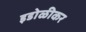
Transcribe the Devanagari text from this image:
इडोळीकर